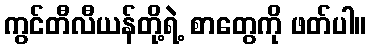
ကွင်တီလီယန်တို့ရဲ့ စာတွေကို ဖတ်ပါ။